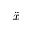
\ddot { x }